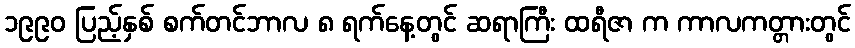
၁၉၉၀ ပြည့်နှစ် စက်တင်ဘာလ ၈ ရက်နေ့တွင် ဆရာကြီး ထရီဇာ က ကာလကတ္တားတွင်